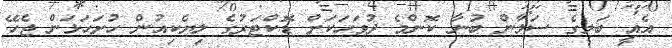
އެއީ ބަލީގެ ސަލާން ބުނާ ކޮންމެ ދުވަހަކަށް ޑޮކްޓަރުގެ ލިޔެކިއުން ހުށަހަޅަން ޖެހޭ